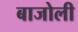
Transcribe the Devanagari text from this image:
बाजोली